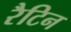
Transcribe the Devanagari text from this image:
रैटिन